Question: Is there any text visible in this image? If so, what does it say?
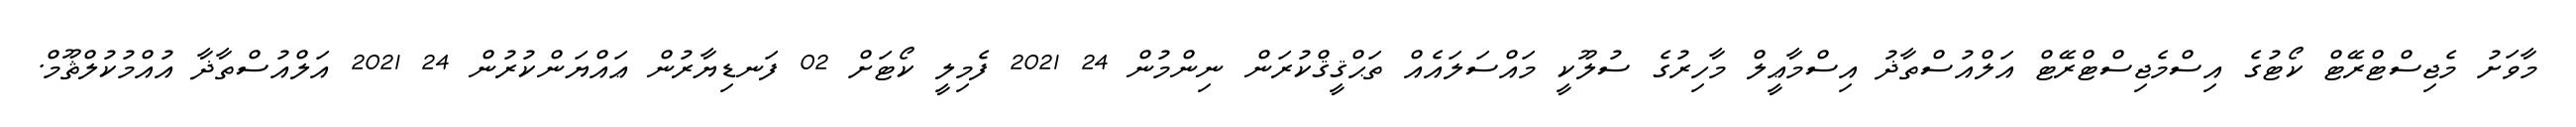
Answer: މާވަށު މެޖިސްޓްރޭޓް ކޯޓުގެ އިސްމެޖިސްޓްރޭޓް އަލްއުސްތާޛު އިސްމާޢީލް މާހިރުގެ ސުލޫކީ މައްސަލައެއް ތަޙްޤީޤްކުރަން ނިންމުން 24 2021 ފެމިލީ ކޯޓަށް 02 ފަނޑިޔާރުން ޢައްޔަންކުރުން 24 2021 އަލްއުސްތާޛާ އުއްމުކުލްޘޫމް.